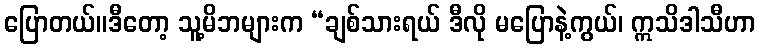
ပြောတယ်။ဒီတော့ သူ့မိဘများက “ချစ်သားရယ် ဒီလို မပြောနဲ့ကွယ်၊ ဣသိဒါသီဟာ